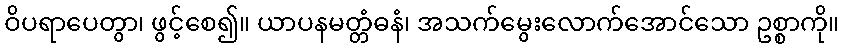
ဝိပရာပေတွာ၊ ဖွင့်စေ၍။ ယာပနမတ္တံဓနံ၊ အသက်မွေးလောက်အောင်သော ဥစ္စာကို။